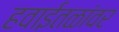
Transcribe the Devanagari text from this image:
हवाईतळांवर